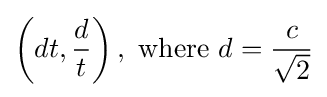
\left(dt,{\frac {d}{t}}\right),{\text{ where }}d={\frac {c}{\sqrt {2}}}